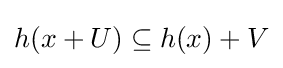
h(x+U)\subseteq h(x)+V